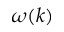
\omega ( k )